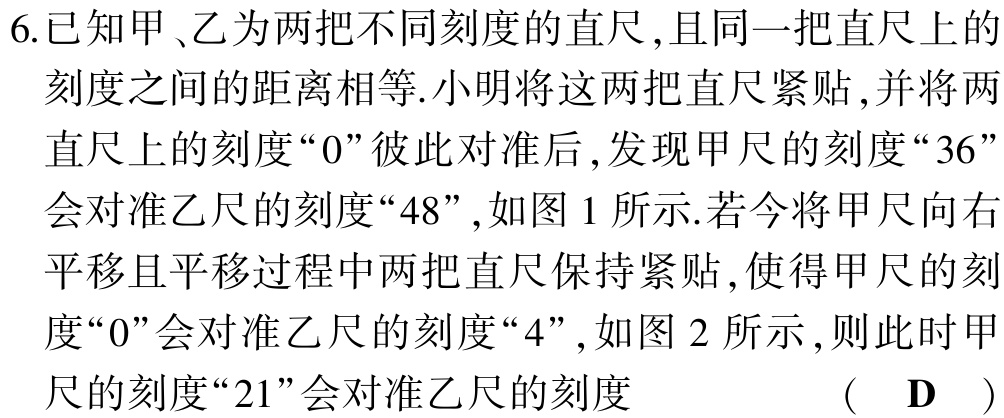
6.已知甲、乙为两把不同刻度的直尺,且同一把直尺上的

刻度之间的距离相等.小明将这两把直尺紧贴,并将两

直尺上的刻度“0”彼此对准后,发现甲尺的刻度“36”

会对准乙尺的刻度“48”,如图 1 所示.若今将甲尺向右

平移且平移过程中两把直尺保持紧贴,使得甲尺的刻

度“0”会对准乙尺的刻度“4”,如图 2 所示,则此时甲

尺的刻度“21”会对准乙尺的刻度 （ D ）